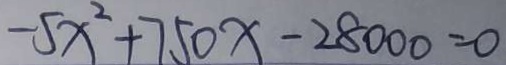
- 5 x ^ { 2 } + 7 5 0 x - 2 8 0 0 0 = 0